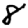
Digit: 8